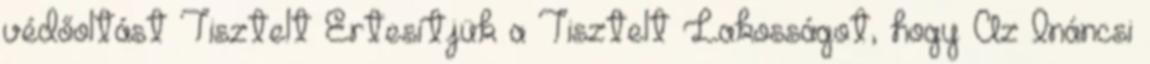
védőoltást Tisztelt Értesítjük a Tisztelt Lakosságot, hogy Az Ináncsi